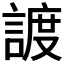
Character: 𧩧